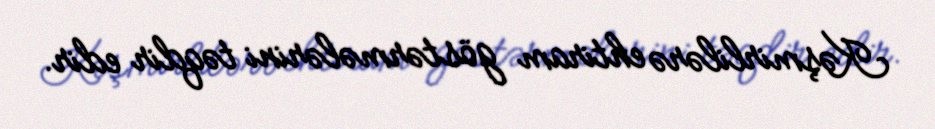
Kəşmirlilərə ehtiram göstərmələrini təqdir edir.